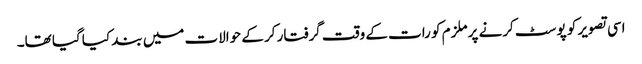
اسی تصویر کو پوسٹ کرنے پر ملزم کو رات کے وقت گرفتار کر کے حوالات میں بند کیا گیا تھا۔